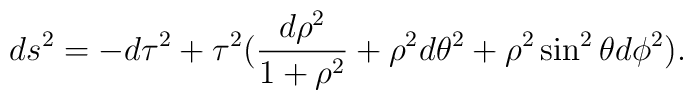
ds^{2}=-d\tau ^{2}+\tau ^{2}(\frac{d\rho ^{2}}{1+\rho ^{2}}+\rho ^{2}d\theta^{2}+\rho ^{2}\sin ^{2}\theta d\phi ^{2}).